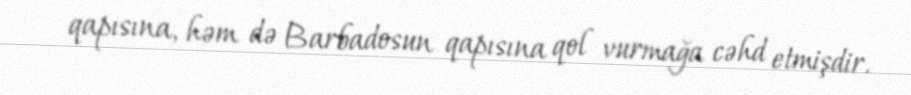
qapısına, həm də Barbadosun qapısına qol vurmağa cəhd etmişdir.